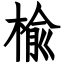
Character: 楡